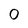
Character: 0